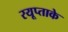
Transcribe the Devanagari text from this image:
रयूप्ताके